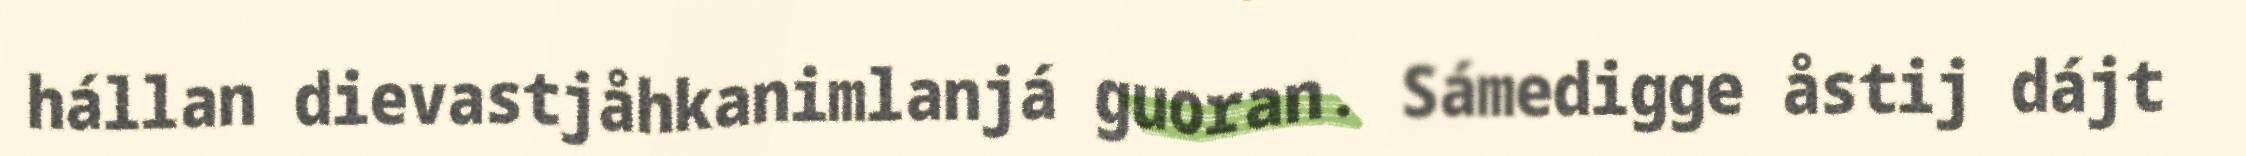
hállan dievastjåhkanimlanjá guoran. Sámedigge åstij dájt